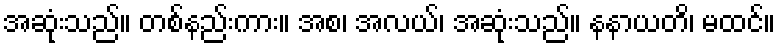
အဆုံးသည်။ တစ်နည်းကား။ အစ၊ အလယ်၊ အဆုံးသည်။ နနာယတိ၊ မထင်။